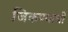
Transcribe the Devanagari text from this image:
जिकण्याची